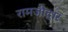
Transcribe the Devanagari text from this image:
रामजीद्वार